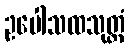
ဥပေါသထသုတ္တံ